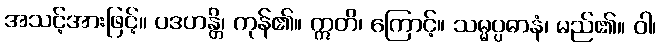
အသင့်အားဖြင့်။ ပဒဟန္တိ၊ ကုန်၏။ ဣတိ၊ ကြောင့်။ သမ္မပ္ပဓာနံ၊ မည်၏။ ဝါ၊